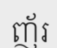
ញ័រ